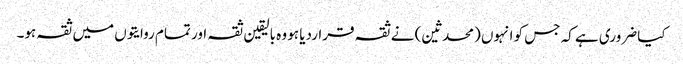
کیا ضروری ہے کہ جس کو انہوں (محدثین) نے ثقہ قراردیا ہو وہ بالیقین ثقہ اور تمام روایتوں میں ثقہ ہو۔